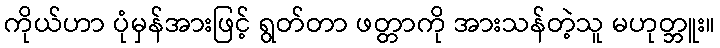
ကိုယ်ဟာ ပုံမှန်အားဖြင့် ရွတ်တာ ဖတ္တာကို အားသန်တဲ့သူ မဟုတ္ဘူး။